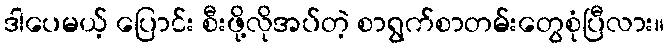
ဒါပေမယ့် ပြောင်း စီးဖို့လိုအပ်တဲ့ စာရွက်စာတမ်းတွေစုံပြီလား။